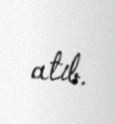
atıb.